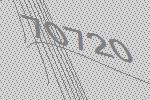
70720